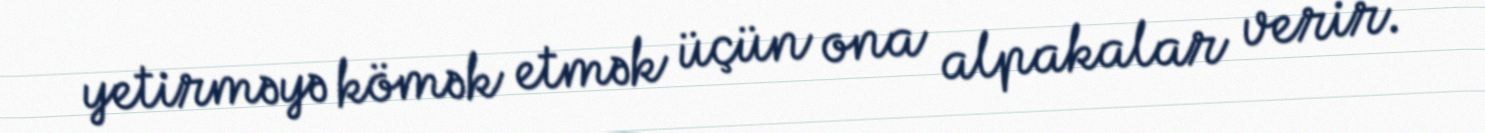
yetirməyə kömək etmək üçün ona alpakalar verir.